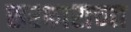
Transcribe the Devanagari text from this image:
सरकाराच्या